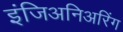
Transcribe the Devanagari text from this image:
इंजिअनिअरिंग